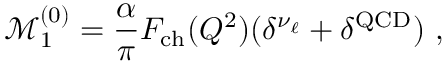
\mathcal { M } _ { 1 } ^ { ( 0 ) } = \frac { \alpha } { \pi } F _ { \mathrm { c h } } ( Q ^ { 2 } ) ( \delta ^ { \nu _ { \ell } } + \delta ^ { \mathrm { Q C D } } ) ~ ,